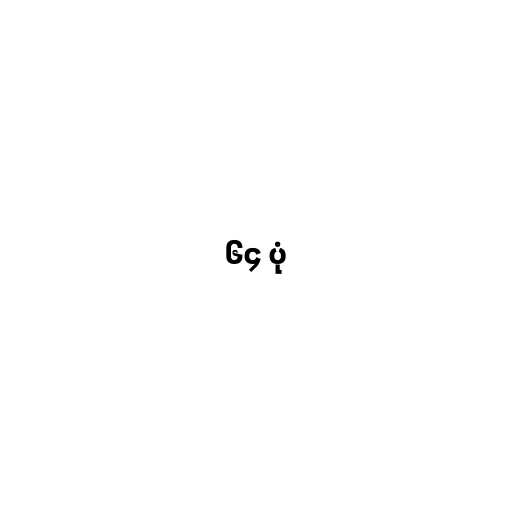
၆၄ ပုံ